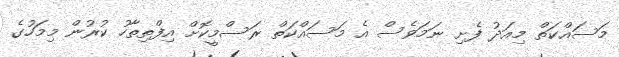
މަަސައްކަތް މިއަދު ފެށި ނަމަވެސް އެ މަސައްކަތް ރަސްމީކޮށް އިފްތިތާހު ކުރުން މިމަހުގެ